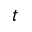
t